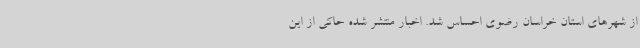
از شهرهای استان خراسان رضوی احساس شد. اخبار منتشر شده حاکی از این